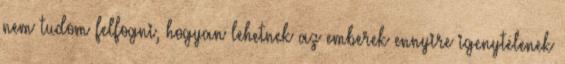
nem tudom felfogni, hogyan lehetnek az emberek ennyire igenytelenek